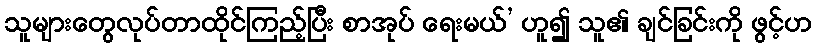
သူများတွေလုပ်တာထိုင်ကြည့်ပြီး စာအုပ် ရေးမယ်’ ဟူ၍ သူ၏ ချင်ခြင်းကို ဖွင့်ဟ